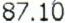
87.10